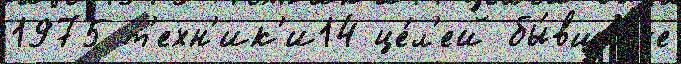
1975 т'ехн'ик'и14 це́л'ей бы́вшиjе